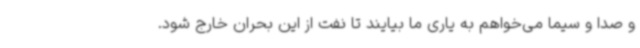
و صدا و سیما می‌خواهم به یاری ما بیایند تا نفت از این بحران خارج شود.